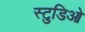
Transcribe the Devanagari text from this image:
स्टुडिओ